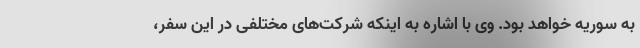
به سوریه خواهد بود. وی با اشاره به اینکه شرکت‌های مختلفی در این سفر،